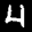
Label: 4